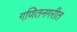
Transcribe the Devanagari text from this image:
गणितनगरीत